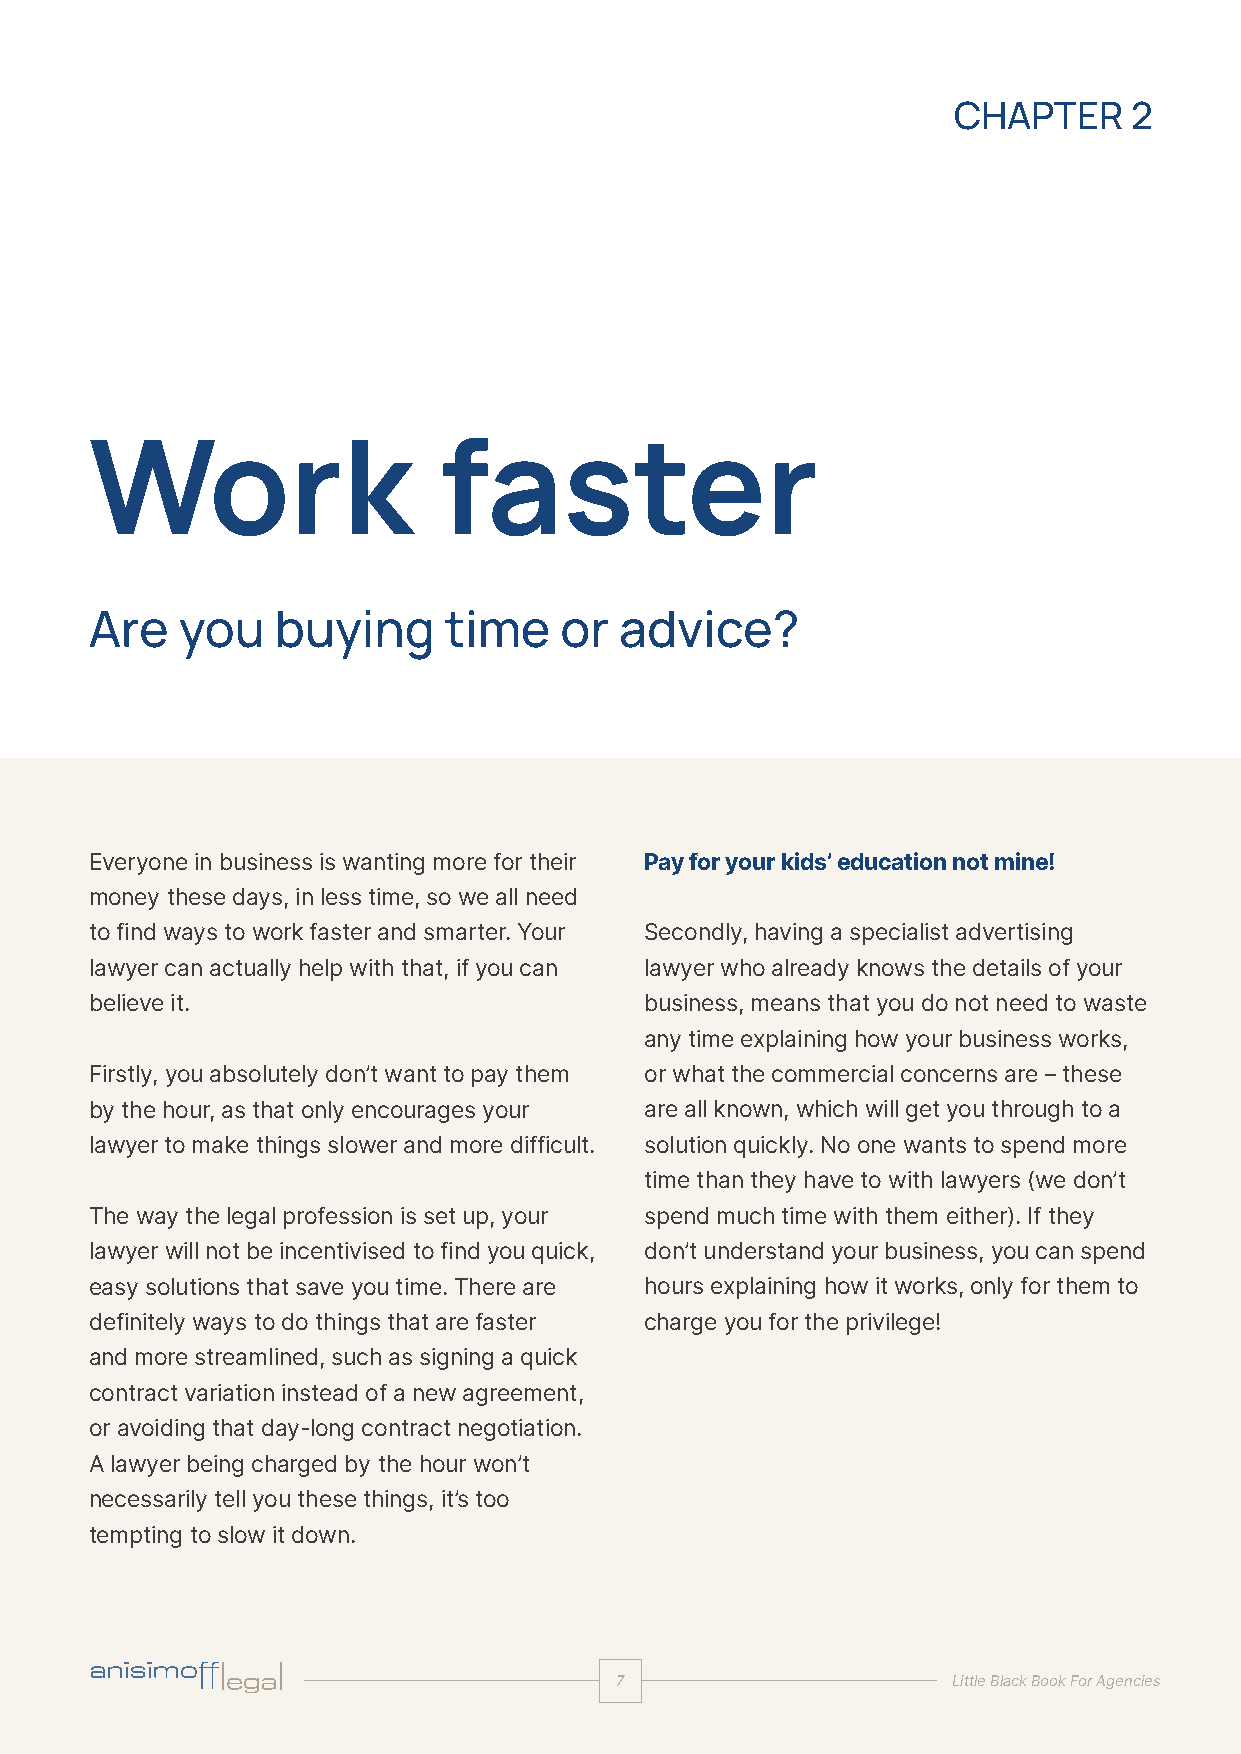
CHAPTER     2
 Work                   faster
 Are   you   buying     time    or  advice?
 Everyone in business is wanting more for their Pay for your kids’ education not mine!
 money these days, in less time, so we all need
 to find ways to work faster and smarter. Your Secondly, having a specialist advertising
 lawyer can actually help with that, if you can lawyer who already knows the details of your
 believe it.                          business, means that you do not need to waste
 any time explaining how your business works,
 Firstly, you absolutely don’t want to pay them or what the commercial concerns are – these
 by the hour, as that only encourages your are all known, which will get you through to a
 lawyer to make things slower and more difficult. solution quickly. No one wants to spend more
 time than they have to with lawyers (we don’t
 The way the legal profession is set up, your spend much time with them either). If they
 lawyer will not be incentivised to find you quick, don’t understand your business, you can spend
 easy solutions that save you time. There are hours explaining how it works, only for them to
 definitely ways to do things that are faster charge you for the privilege!
 and more streamlined, such as signing a quick
 contract variation instead of a new agreement,
 or avoiding that day-long contract negotiation.
 A lawyer being charged by the hour won’t
 necessarily tell you these things, it’s too
 tempting to slow it down.
 77                    LLiittttllee BBllaacckk BBooookk FFoorr AAggeenncciieess
 ccoommmmeerrcciiaall || aaddvveerrttiissiinngg || mmeeddiiaa || IIPP